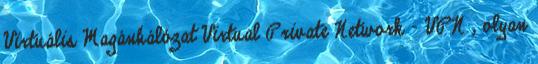
Virtuális Magánhálózat Virtual Private Network - VPN , olyan